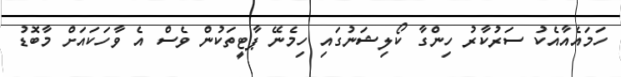
ހަމައެއާއެކު ސަރުކާރު ހިންގާ ކޯލިޝަނުގައި ހިމެނޭ ޕާޓީތަކުން ވެސް އެ ވާހަކައަށް މާބޮޑު